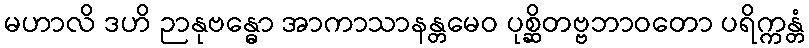
မဟာလိ ဒဟိ ဉာနုဗန္ဓော အာကာသာနန္တမေဝ ပုစ္ဆိတဗ္ဗဘာဝတော ပရိက္ကန္တံ